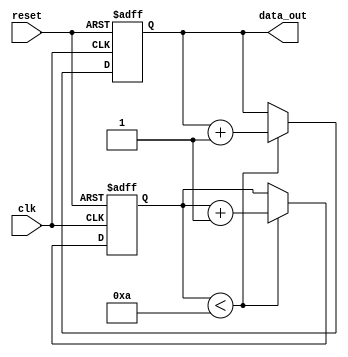
module generate_while_loop(
    input wire clk,
    input wire reset,
    output wire[7:0] data_out
);

reg [7:0] data_out_reg;
reg [3:0] count;

always @(posedge clk or posedge reset) begin
    if (reset) begin
        data_out_reg <= 8'b0;
        count <= 4'b0;
    end else begin
        if (count < 4'd10) begin
            data_out_reg <= data_out_reg + 8'd1;
            count <= count + 4'd1;
        end
    end
end

assign data_out = data_out_reg;

endmodule